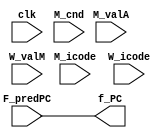
module select_PC(clk,M_icode,M_cnd,W_icode,M_valA,W_valM,F_predPC,f_PC);

input clk;
input [3:0] M_icode;
input M_cnd;
input [3:0] W_icode;
input [63:0] M_valA;
input [63:0] W_valM;
input [63:0] F_predPC;

output reg [63:0] f_PC;

always @(*)
begin

if((M_icode == 0111) && !M_cnd)
f_PC = M_valA;
else if (W_icode == 1001)
f_PC = W_valM;
else f_PC = F_predPC;

end

endmodule